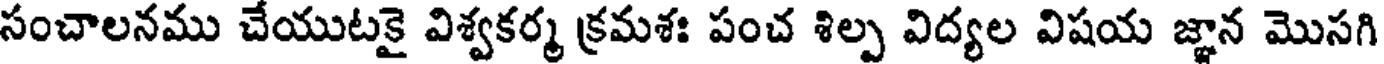
సంచాలనము చేయుటకై విశ్వకర్మ క్రమశః పంచ శిల్ప విద్యల విషయ జ్ఞాన మొసగి